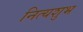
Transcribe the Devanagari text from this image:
नित्यशुभ